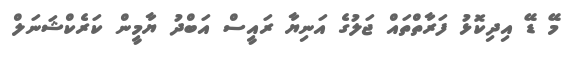
މޭ ޑޭ އިދިކޮޅު ފަރާތްތައް ޖަލުގެ އަނިޔާ ރައީސް އަބްދު ޔާމީން ކަރެކްޝަނަލް